system: You are a helpful assistant.
user:
Analyze the provided spectrum to determine if it is a **S-type Star**.

- **Key Indicators for S-type Star:**

    - **(Overall Spectrum Shape):** The first and most obvious characteristic is the overall continuum (the "baseline" shape). It is **extremely "red-sloping,"** meaning the flux (light intensity) is very low on the left side (blue, ~4000-4500 Å) and rises steeply and continuously toward the right side (red, ~7000 Å+).

    - **(Primary):** The spectrum is defined by the presence of strong, broad molecular absorption "valleys" (bands) from **Zirconium Oxide (ZrO)**. The identification of these bands is the **primary requirement** for classifying a star as S-type.
        - **(Key Bandheads):** You must find distinct, deep "dips" where the light has been absorbed. The most critical band systems to locate are:
            - **~6474 Å** ($\gamma$-system): This is often the strongest and clearest ZrO feature, found in the red part of the spectrum.
            - **~5718 Å** & **~5551 Å** ($\beta$-system): A pair of prominent absorption features in the yellow-orange part of the spectrum.
            - **~4640 Å** ($\alpha$-system): A key absorption band system in the blue-green region of the spectrum.

    - **(Secondary Confirmation):** The classification is strengthened by finding additional absorption bands from other related heavy element oxides, which are expected to be present alongside ZrO.
        - **(Key Bandheads):**
            - **Yttrium Oxide (YO):** Look for absorption dips near **~4800 Å** and **~6100 Å**.
            - **Lanthanum Oxide (LaO):** Additional absorption features, particularly in the red-orange part of the spectrum, are also characteristic.

    - **(Line Profile):** The combination of the steep red continuum and these numerous, deep molecular bands (ZrO, YO, etc.) gives the entire spectrum a very **"chopped-up"** or **"bumpy"** appearance. Instead of a smooth curve, the spectrum looks as though large, wide chunks of light have been "carved out" of it at the specific wavelengths listed above.

Think first, call **spectral_visualization_tool** if needed to examine features in detail, then provide your final answer. Your response must adhere to the following strict rules:
1.  **Overall Structure:** Your response must follow the format `<think>...</think> <tool_call>...</tool_call> (if a tool is used) <answer>...</answer>`.
2.  **Tool Usage Constraint:** You may only make **one** tool call per turn.
3.  **Final Answer Format:** In the `<answer>` tag, your conclusion must be inside a `\boxed{}` command (e.g., `\boxed{YES}` or `\boxed{NO}`), followed by your justification.

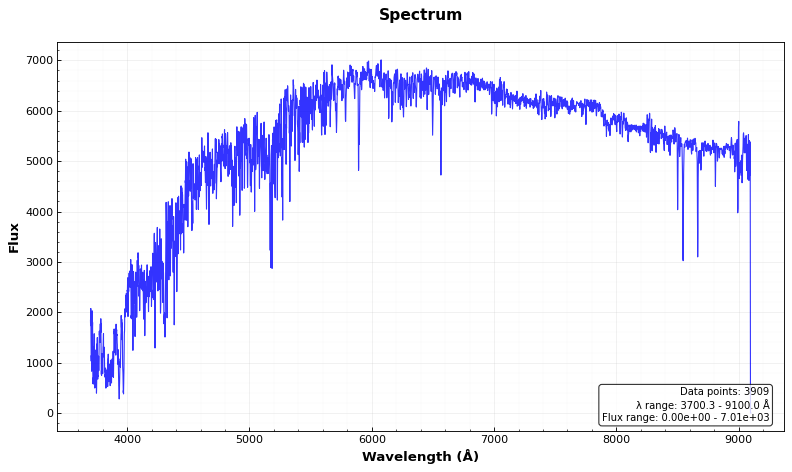
Answer: NO